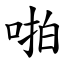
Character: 啪